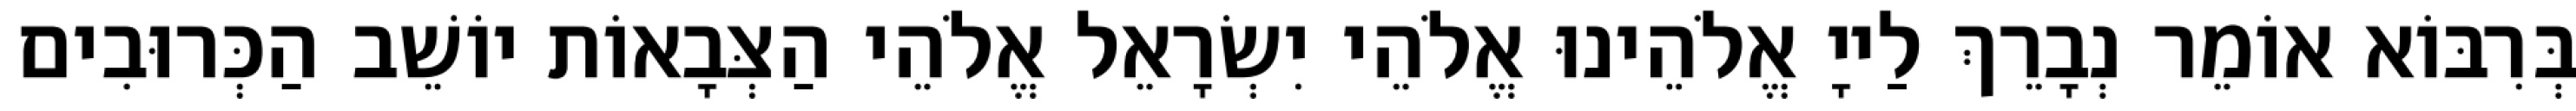
בְּרִבּוֹא אוֹמֵר נְבָרֵךְ לַייָ אֱלֹהֵינוּ אֱלֹהֵי יִשְׂרָאֵל אֱלֹהֵי הַצְּבָאוֹת יוֹשֵׁב הַכְּרוּבִים